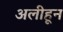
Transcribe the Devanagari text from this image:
अलीहून